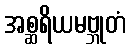
အစ္ဆရိယမဗ္ဘုတံ